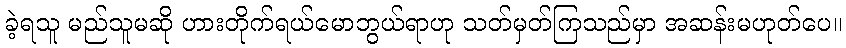
ခဲ့ရသူ မည်သူမဆို ဟားတိုက်ရယ်မောဘွယ်ရာဟု သတ်မှတ်ကြသည်မှာ အဆန်းမဟုတ်ပေ။